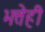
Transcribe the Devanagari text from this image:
भत्तेही